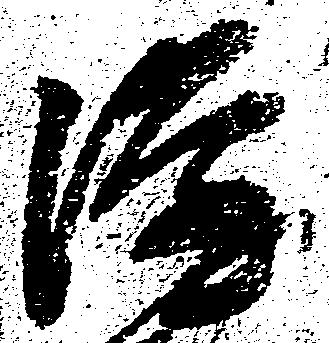
隆